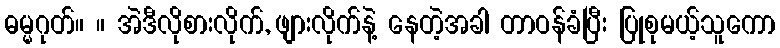
ဓမ္မဂုတ်။ ။ အဲဒီလိုစားလိုက်, ဖျားလိုက်နဲ့ နေတဲ့အခါ တာဝန်ခံပြီး ပြုစုမယ့်သူကော